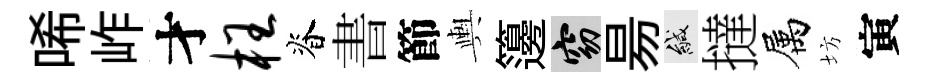
唏岞才枉脊書節輿籩窈昜緘撻属坊寅